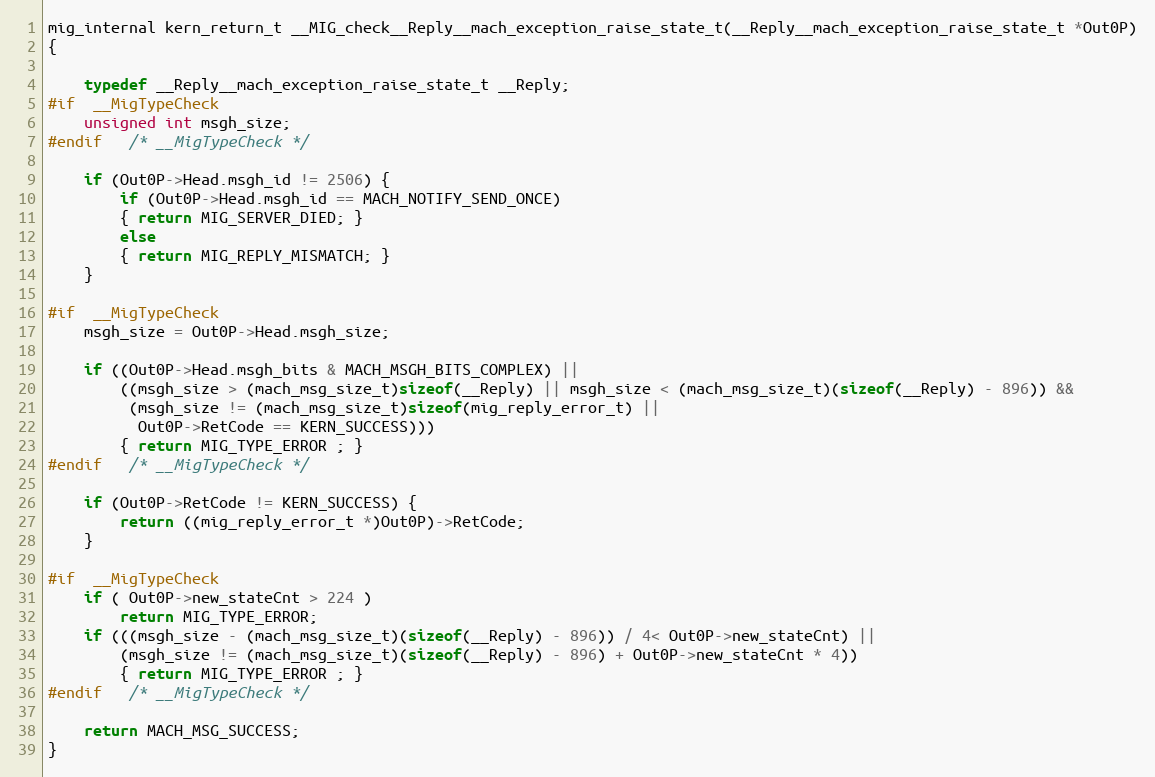
Language: C
mig_internal kern_return_t __MIG_check__Reply__mach_exception_raise_state_t(__Reply__mach_exception_raise_state_t *Out0P)
{

	typedef __Reply__mach_exception_raise_state_t __Reply;
#if	__MigTypeCheck
	unsigned int msgh_size;
#endif	/* __MigTypeCheck */

	if (Out0P->Head.msgh_id != 2506) {
	    if (Out0P->Head.msgh_id == MACH_NOTIFY_SEND_ONCE)
		{ return MIG_SERVER_DIED; }
	    else
		{ return MIG_REPLY_MISMATCH; }
	}

#if	__MigTypeCheck
	msgh_size = Out0P->Head.msgh_size;

	if ((Out0P->Head.msgh_bits & MACH_MSGH_BITS_COMPLEX) ||
	    ((msgh_size > (mach_msg_size_t)sizeof(__Reply) || msgh_size < (mach_msg_size_t)(sizeof(__Reply) - 896)) &&
	     (msgh_size != (mach_msg_size_t)sizeof(mig_reply_error_t) ||
	      Out0P->RetCode == KERN_SUCCESS)))
		{ return MIG_TYPE_ERROR ; }
#endif	/* __MigTypeCheck */

	if (Out0P->RetCode != KERN_SUCCESS) {
		return ((mig_reply_error_t *)Out0P)->RetCode;
	}

#if	__MigTypeCheck
	if ( Out0P->new_stateCnt > 224 )
		return MIG_TYPE_ERROR;
	if (((msgh_size - (mach_msg_size_t)(sizeof(__Reply) - 896)) / 4< Out0P->new_stateCnt) ||
	    (msgh_size != (mach_msg_size_t)(sizeof(__Reply) - 896) + Out0P->new_stateCnt * 4))
		{ return MIG_TYPE_ERROR ; }
#endif	/* __MigTypeCheck */

	return MACH_MSG_SUCCESS;
}